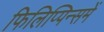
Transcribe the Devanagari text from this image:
फिलिप्पिन्समें